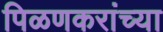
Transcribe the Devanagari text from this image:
पिळणकरांच्या